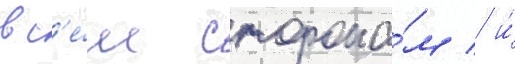
вс'е́м сторона́м / и́